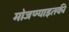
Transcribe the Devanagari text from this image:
मोजण्याइतकी